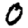
Digit: 0